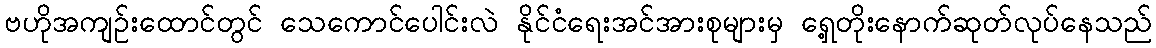
ဗဟိုအကျဉ်းထောင်တွင် သေကောင်ပေါင်းလဲ နိုင်ငံရေးအင်အားစုများမှ ရှေ့တိုးနောက်ဆုတ်လုပ်နေသည်